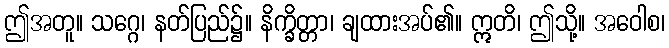
ဤအတူ။ သဂ္ဂေ၊ နတ်ပြည်၌။ နိက္ခိတ္တာ၊ ချထားအပ်၏။ ဣတိ၊ ဤသို့။ အဝေါစ၊